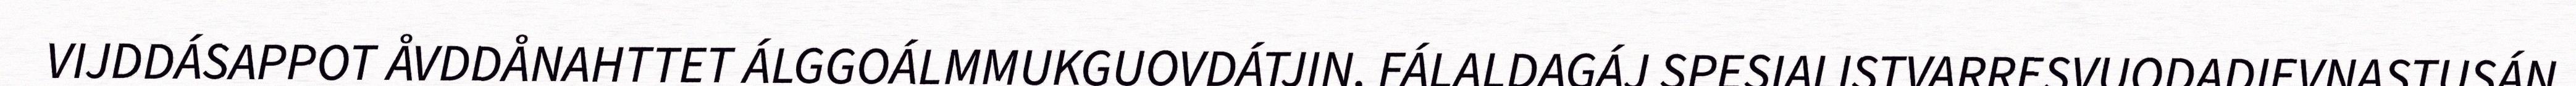
VIJDDÁSAPPOT ÅVDDÅNAHTTET ÁLGGOÁLMMUKGUOVDÁTJIN, FÁLALDAGÁJ SPESIALISTVARRESVUODADIEVNASTUSÁN